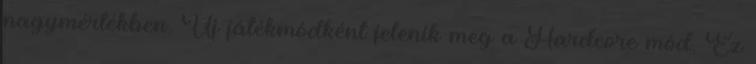
nagymértékben. Új játékmódként jelenik meg a Hardcore mód. Ez